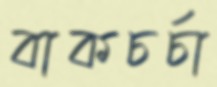
বাকচর্চা